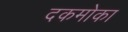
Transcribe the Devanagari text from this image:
दकमोका